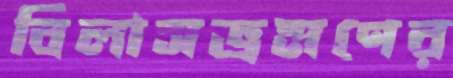
বিলাসভ্রমণের